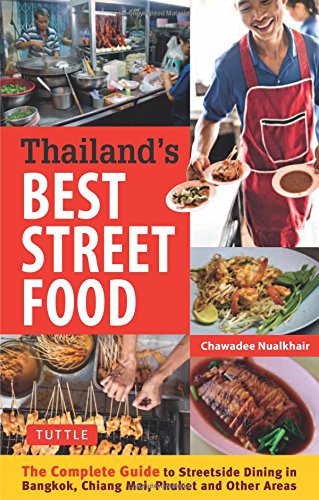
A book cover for Thailand's Best Street Food: The Complete Guide to Streetside Dining in Bangkok, Chiang Mai, Phuket and Other Areas; Chawadee Nualkhair; Cookbooks, Food & Wine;